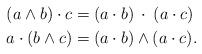
LaTeX: \begin{align*}(a\wedge b)\cdot c &= (a\cdot b)\:\cdot\:(a\cdot c)\\a\cdot(b\wedge c) &= (a\cdot b)\wedge(a\cdot c).\end{align*}